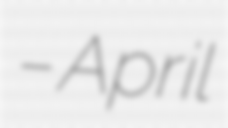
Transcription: – April